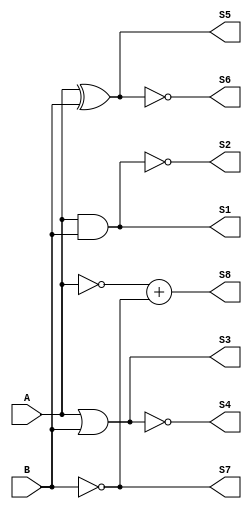
`timescale 1ns / 1ps
//////////////////////////////////////////////////////////////////////////////////
// Module Name: Compuertas_Logicas
//////////////////////////////////////////////////////////////////////////////////
//MAGALI ANAHI MEZA CHAVEZ
//Seminario de Arquirtectura de Computadoras

module Compuertas_Logicas(
    input A,    //Entrada 1
    input B,    //Entrada 2    
    output S1,  //Salida AND
    output S2,  //Salida NAND 
    output S3,  //Salida OR
    output S4,  //Salida NOR
    output S5,  //Salida XOR
    output S6,  //Salida XNOR
    output S7,  //Salida NOT
    output S8   //Salida NOT con la doble entrada de NOT de A y B
    );

wire con; //Hacer conexion entre ambas entradas NOT
   
assign S1 = A & B;  //Compuerta AND
assign S2 = ~(A & B);   //Compuerta NAND
assign S3 = A | B;  //Compuerta OR
assign S4 = ~(A | B);   //Compuerta NOR
assign S5 = A ^ B;  //Compuerta XOR
assign S6 = ~(A ^ B);   //Compuerta XNOR   
assign con = ~A;    //Compuerta NOT entrada 1
assign S7 = ~B;     //Compuerta NOT entrada 2   
assign S8 = con+S7; //Doble entrada NOT 
    
endmodule